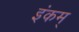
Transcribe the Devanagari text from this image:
इंकम्